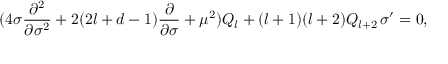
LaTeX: ( 4 \sigma \frac { \partial ^ { 2 } } { \partial \sigma ^ { 2 } } + 2 ( 2 l + d - 1 ) \frac { \partial } { \partial \sigma } + \mu ^ { 2 } ) Q _ { l } + ( l + 1 ) ( l + 2 ) Q _ { l + 2 } \, \sigma ^ { \prime } = 0 ,